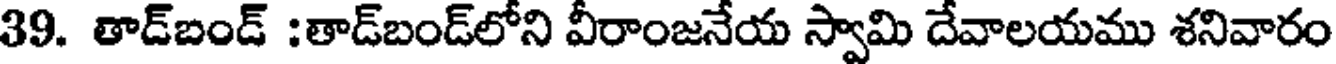
39. తాడ్బండ్ :తాడ్బండ్లోని వీరాంజనేయ స్వామి దేవాలయము శనివారం